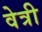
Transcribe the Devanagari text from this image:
वेत्री